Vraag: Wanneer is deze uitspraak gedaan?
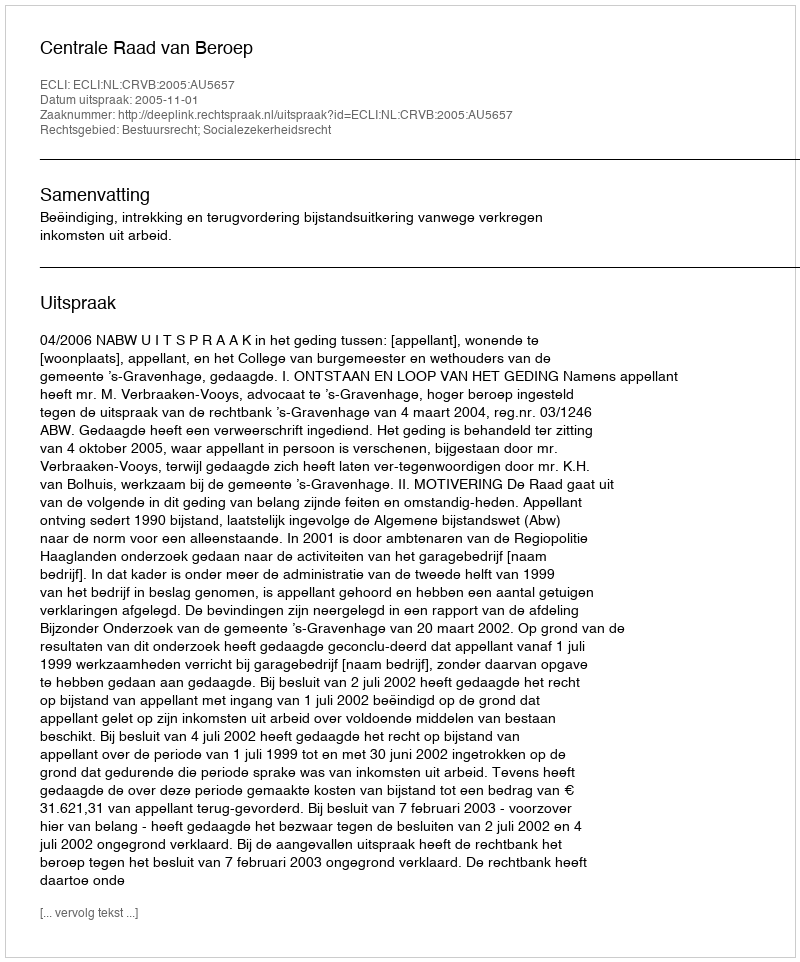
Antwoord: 2005-11-01